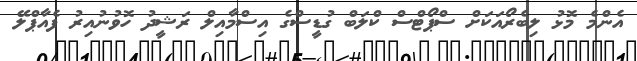
އެންމެ މޮޅު ލިބެރޯއަކަށް ސްޕޯޓްސް ކްލަބް ގުޑީސްގެ އިސްމާއިލް ރަޝީދު ހޮވުނުއިރު ފެއާޕްލޭ